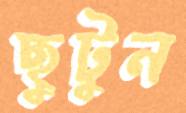
ছুটুন